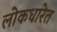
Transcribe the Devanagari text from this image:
लोकधारेत